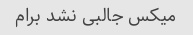
میکس جالبی نشد برام